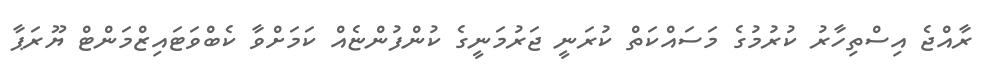
ރާއްޖެ އިސްތިހާރު ކުރުމުގެ މަސައްކަތް ކުރަނީ ޖަރުމަނީގެ ކުންފުންޏެއް ކަމަށްވާ ކެބްވަޓައިޒްމަންޓް ޔޫރަޕާ